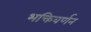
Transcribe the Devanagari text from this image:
भक्तिवर्णन